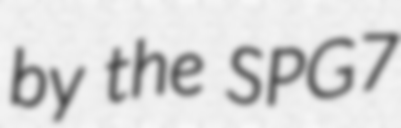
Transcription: by the SPG7